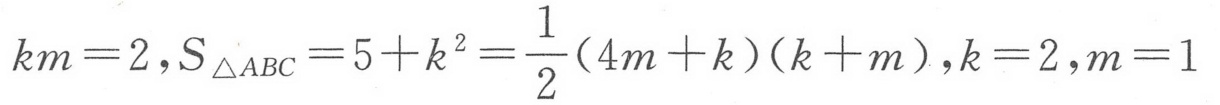
\(km = 2,S_{\triangle ABC}=5 + k^{2}=\dfrac{1}{2}(4m + k)(k + m),k = 2,m = 1\)